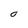
Character: O